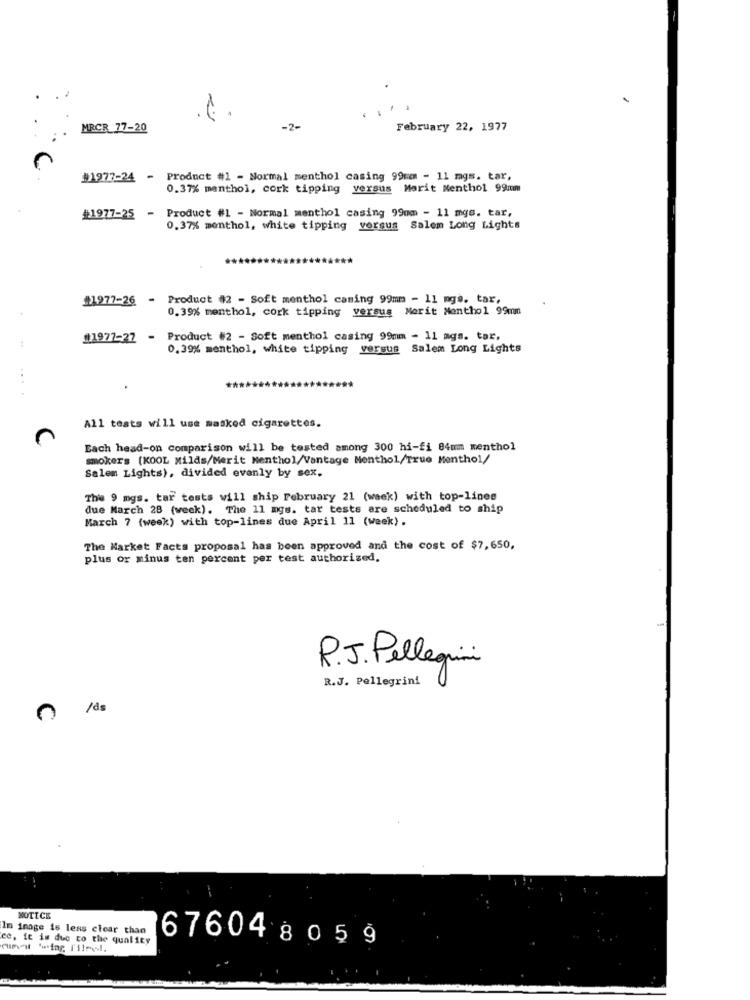
MRCR 77-20
-2-
February 22, 1977
#1977-24 - Product #1 - Normal menthol casing 99mm - 11 mgs. tar,
0.37% menthol, cork tipping versus Morit Nenthol 99mm
- Product #1 - Normal menthol casing 99mm - 11 mgs. tar,
#1977-25
0.37% monthol, white tipping versus Salem Long Lights
#1977-26
Product #2 - Soft menthol caming 99mm - 11 mgs. tax,
0.39% menthol, cork tipping versus Merit Nenthol 99mm
#1977-27 - Product #2 - Soft menthol casing 99mm - 11 mgs. tar.
0.39% menthol, white tipping versus Salem Long Lights
....
All tests will use masked cigarettes.
Each head-on comparison will be tested among 300 hi-fi 84mm menthol
smokers (KOOL Milds/Merit Menthol/Vantage Nenthol/True Menthol/
Salem Lights), divided evenly by sex.
The 9 mgs. tar tests will ship February 21 (week) with top-lines
due March 28 (week). The 11 mgs. tar tests are scheduled to ship
March 7 (week) with top-lines due April 11 (week) .
The Market Facts proposal has been approved and the cost of $7,650,
plus or minus ten percent per test authorized.
R.J. Pellegrini
R.J. Pellegrini
/ds
NOTICE
Im image is less clear than
ce. it is due to the quality
67604 805 9
Cin H '-tag T'ilmed.